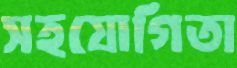
সহযোগিতা